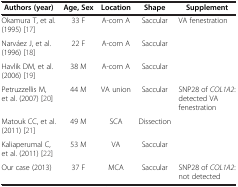
| Authors (year) | Age, Sex | Location | Shape | Supplement |
 | --- | --- | --- | --- | --- |
 | Okamura T, et al. (1995)[17] | 33 F | A-com A | Saccular | VA fenestration |
 | Narváez J, et al. (1996)[18] | 22 F | A-com A | Saccular |  |
 | Havlik DM, et al. (2006)[19] | 38 M | A-com A | Saccular |  |
 | Petruzzellis M, et al. (2007)[20] | 44 M | VA union | Saccular | SNP28 of COL1A2: detected VA fenestration |
 | Matouk CC, et al. (2011)[21] | 49 M | SCA | Dissection |  |
 | Kaliaperumal C, et al. (2011)[22] | 53 M | VA | Saccular |  |
 | Our case (2013) | 37 F | MCA | Saccular | SNP28 of COL1A2: not detected |